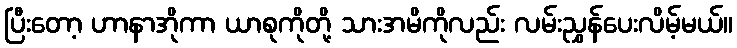
ပြီးတော့ ဟာနာအိုကာ ယာစုကိုတို့ သားအမိကိုလည်း လမ်းညွှန်ပေးလိမ့်မယ်။